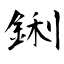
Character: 鋓